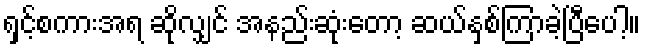
ရှင့်စကားအရ ဆိုလျှင် အနည်းဆုံးတော့ ဆယ်နှစ်ကြာခဲ့ပြီပေါ့။